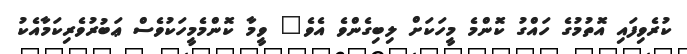
ކުރެވިފައި އޮތުމުގެ ހައްގު ކޮންމެ މީހަކަށް ލިބިގެންވެ އެވެ" ވީމާ ކޮންމެމީހަކުވެސް ޢަބުރުވެރިކަމާއެކު